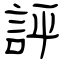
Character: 評